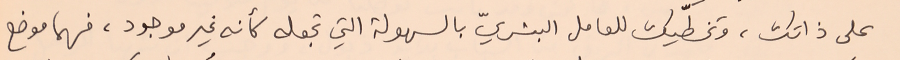
على ذاتك، وتخطّيك للعامل البشريّ بالسهولة التي تجعله كأنه غير موجود، فهما موضع